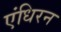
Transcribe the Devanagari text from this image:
एंधिरन